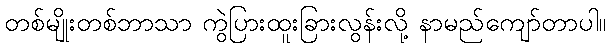
တစ်မျိုးတစ်ဘာသာ ကွဲပြားထူးခြားလွန်းလို့ နာမည်ကျော်တာပါ။